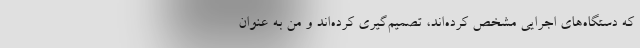
که دستگاه‌های اجرایی مشخص کرده‌اند، تصمیم‌گیری کرده‌اند و من به عنوان